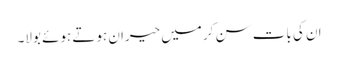
ان کی بات سن کر میں حیران ہوتے ہوئے بولا۔